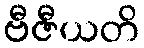
ဗီဇီယတိ